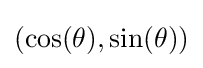
(\cos(\theta ),\sin(\theta ))